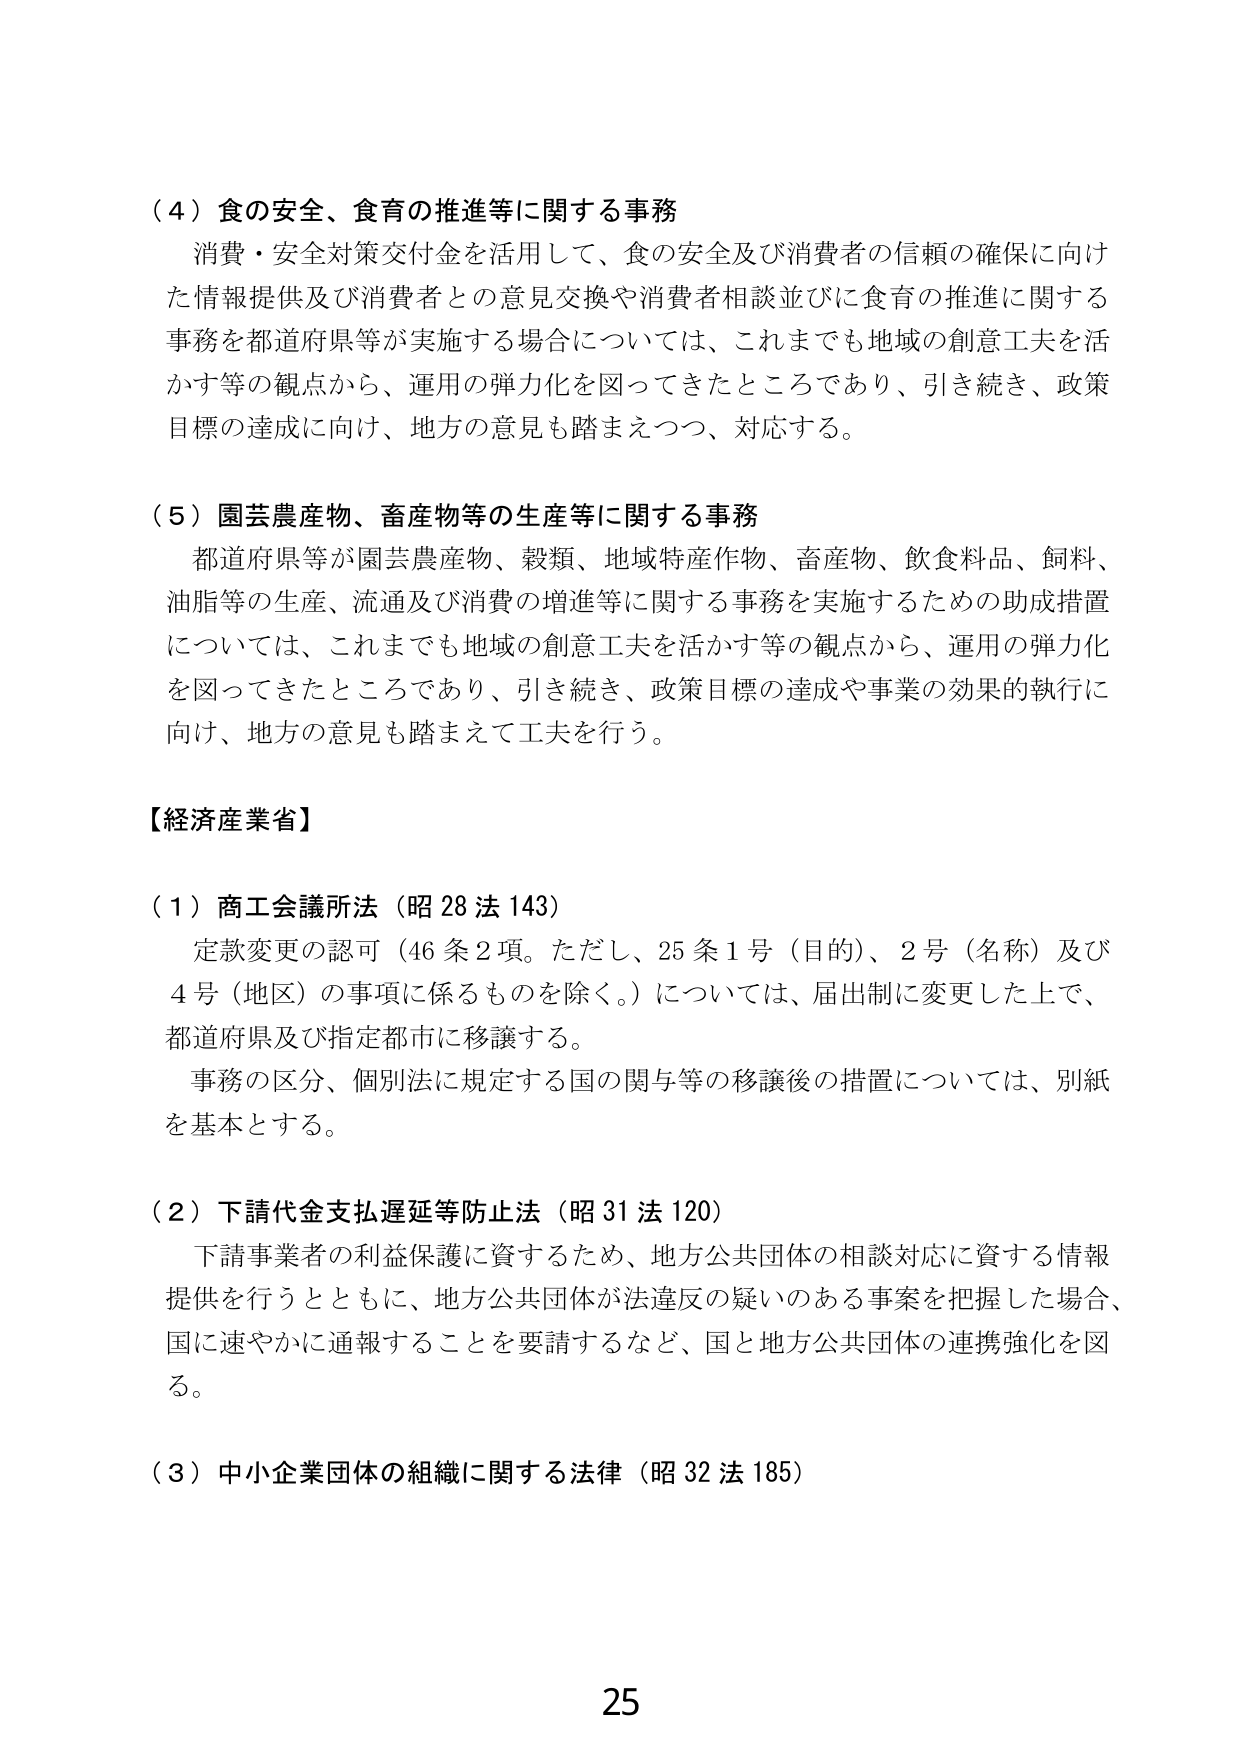
（４）食の安全、食育の推進等に関する事務
消費・安全対策交付金を活用して、食の安全及び消費者の信頼の確保に向けた情報提供及び消費者との意見交換や消費者相談並びに食育の推進に関する事務を都道府県等が実施する場合については、これまでも地域の創意工夫を活かす等の観点から、運用の弾力化を図ってきたところであり、引き続き、政策目標の達成に向け、地方の意見も踏まえつつ、対応する。

（５）園芸農産物、畜産物等の生産等に関する事務
都道府県等が園芸農産物、穀類、地域特産作物、畜産物、飲食料品、飼料、油脂等の生産、流通及び消費の増進等に関する事務を実施するための助成措置については、これまでも地域の創意工夫を活かす等の観点から、運用の弾力化を図ってきたところであり、引き続き、政策目標の達成や事業の効果的執行に向け、地方の意見も踏まえて工夫を行う。

【経済産業省】

（１）商工会議所法（昭28法143）
定款変更の認可（46条2項。ただし、25条1号（目的）、2号（名称）及び4号（地区）の事項に係るものを除く。）については、届出制に変更した上で、都道府県及び指定都市に移譲する。
事務の区分、個別法に規定する国の関与等の移譲後の措置については、別紙を基本とする。

（２）下請代金支払遅延等防止法（昭31法120）
下請事業者の利益保護に資するため、地方公共団体の相談対応に資する情報提供を行うとともに、地方公共団体が法違反の疑いのある事案を把握した場合、国に速やかに通報することを要請するなど、国と地方公共団体の連携強化を図る。

（３）中小企業団体の組織に関する法律（昭32法185）

25